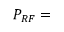
P _ { R F } =